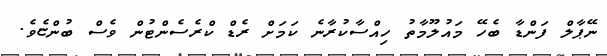
ނޭޕާލް ފަންޑާ ބެހޭ މައުލޫމާތު ހިއްސާކުރާނެ ކަމަށް ރެޑް ކްރެސެންޓުން ވެސް ބުންޏެވެ.